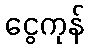
ငွေကုန်